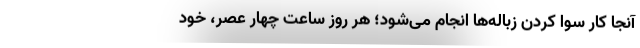
آنجا کار سوا کردن زباله‌ها انجام می‌شود؛ هر روز ساعت چهار عصر، خود